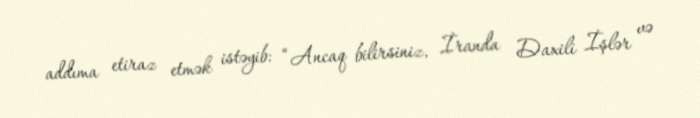
addıma etiraz etmək istəyib: “Ancaq bilirsiniz, İranda Daxili İşlər və